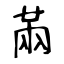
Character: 㒼